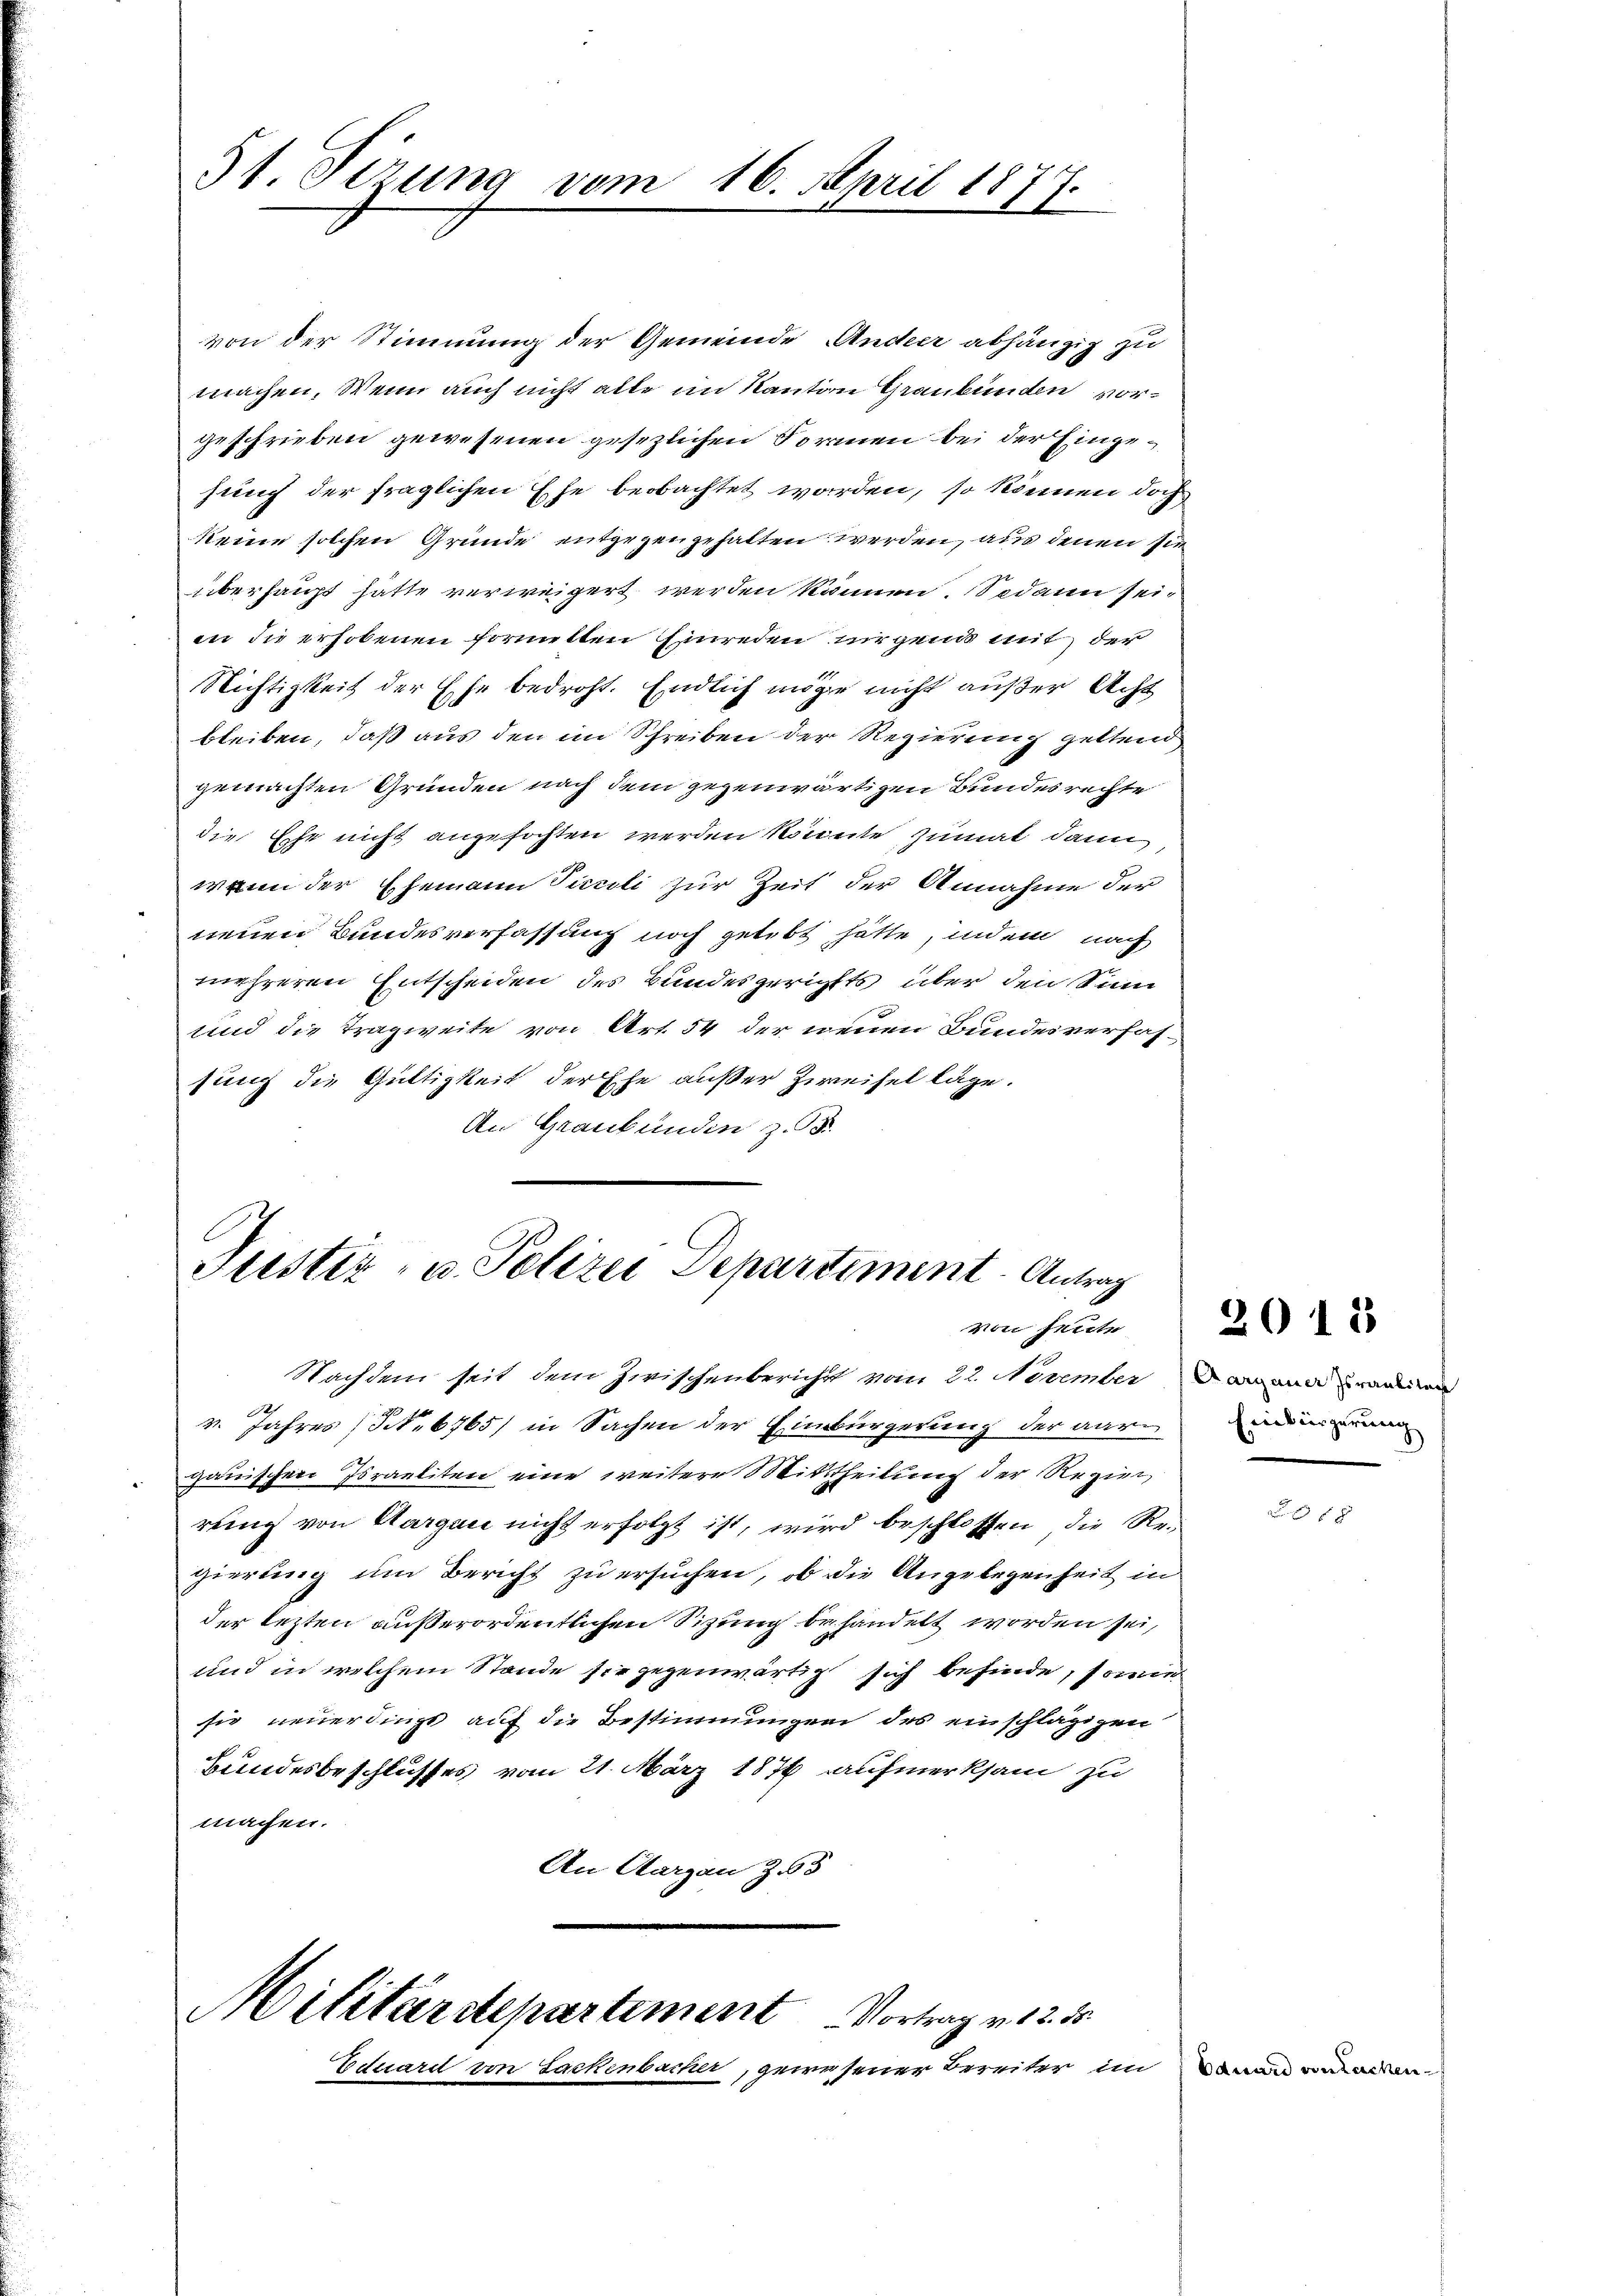
51. Serung vom 16. April 187
7
2

von der Stimmung der Gemeinde Ander abhängig zu
machen. Wenn auch nicht alle im Kanton Graubünden vorgeschrieben gewesenen gesezlichen Formen bei der Eingefung der fraglichen Ehe beobachtet worden, so können doch
keine solchen Grunde entgegengehalten werden, aus denen sie
überhaupt hätte verweigert werden können. Sodann sein
in die erhobenen formelten Einreden nirgend mit der
Nichtigkeit der Ehe bedroht. Endlich möge nicht außer Acht
bleiben, daß aus den im Schreiben der Regierung geltend
gemachten Gründen nach dem gegenwärtigen Bundesrechte
die Ehe nicht angefochten werden könnte, zumal dann,
wann der Ehemann Piccoli zur Zeit der Annahme der
neuen Bundesverfassung noch gelebt hätte, indem nach
mehreren Entscheiden des Bundesgerichts über den Sinn
und die Tragweite von Art. 54 der neuen Bundesverfas-
sung die Gültigkeit der Ehe außer Zweifel läge.
An Graubünden z. B.

Justiz- u. Polizei Departement. Antrag
von heute

Nachdem seit dem Zwischenbericht vom 22. November damann manen
v. Jahres (S. 6765) in Sachen der Einbürgerung der aar
gauischen Israeliten eine weitere Mittheilung der Regier,
rung von Aargau nicht erfolgt ist, wird beschlossen, die Re-
gierung um Bericht zu ersuchen, ob die Angelegenheit in
der lezten außerordentlichen Sitzung behandelt worden sei,
Und in welchem Stande sie gegenwärtig sich befinde, sowie
sie neuerdings auf die Bestimmungen des einschlägigen
Bundesbeschlusses vom 21. März 1876 aufmerksam zu
machen.
An Aargau Z. 65

Militärstepartement Vortrag v. 12. d.
Eduard von Sackenbacher, gewesener Bereiter im Banan und anden

Einbürgerung

2015

x x